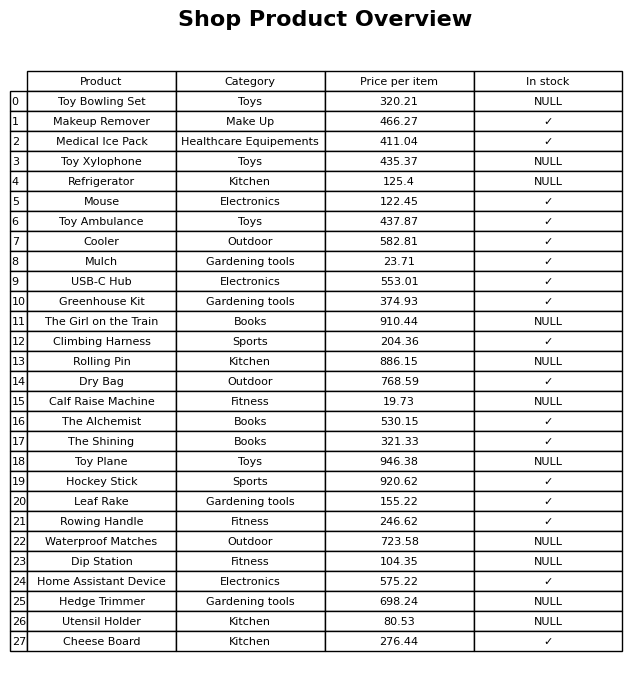
question: Is the Medical Ice Pack in stock?
answer: ✓